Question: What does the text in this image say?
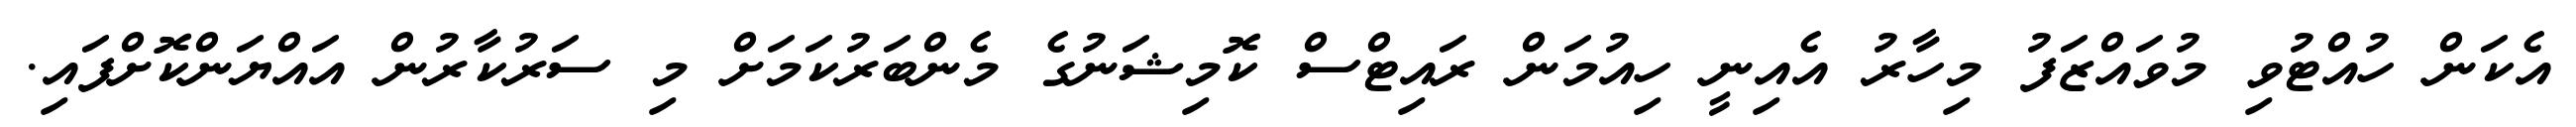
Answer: އެކަން ހުއްޓުވި މުވައްޒަފު މިހާރު އެއިނީ ހިއުމަން ރައިޓްސް ކޮމިޝަނުގެ މެންބަރުކަމަށް މި ސަރުކާރުން އައްޔަންކޮށްފައި.